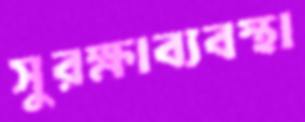
সুরক্ষাব্যবস্থা